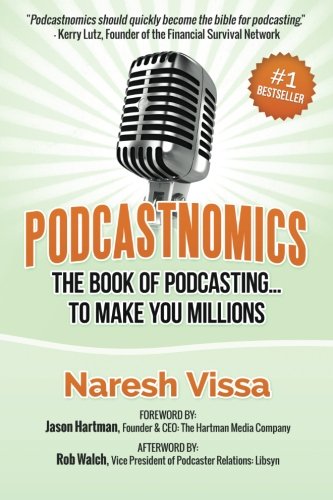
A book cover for Podcastnomics: The Book Of Podcasting... To Make You Millions; Naresh Vissa; Business & Money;